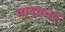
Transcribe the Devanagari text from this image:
वायएचए